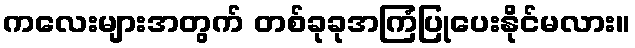
ကလေးများအတွက် တစ်ခုခုအကြံပြုပေးနိုင်မလား။